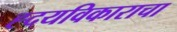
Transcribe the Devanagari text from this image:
ह्दयविकाराचा